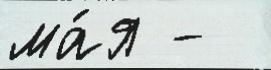
ма́я -